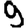
Digit: 9